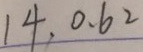
1 4 . 0 . 6 2